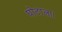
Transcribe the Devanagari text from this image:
घोटाला।